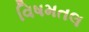
વિષમતલ